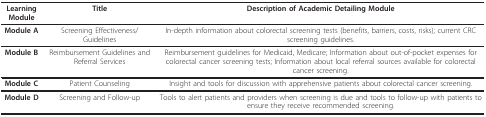
| Learning Module | Title | Description of Academic Detailing Module |
 | --- | --- | --- |
 | Module A | Screening Effectiveness/Guidelines | In-depth information about colorectal screening tests (benefits, barriers, costs, risks); current CRC screening guidelines. |
 | Module B | Reimbursement Guidelines and Referral Services | Reimbursement guidelines for Medicaid, Medicare; Information about out-of-pocket expenses for colorectal cancer screening tests; Information about local referral sources available for colorectal cancer screening. |
 | Module C | Patient Counseling | Insight and tools for discussion with apprehensive patients about colorectal cancer screening. |
 | Module D | Screening and Follow-up | Tools to alert patients and providers when screening is due and tools to follow-up with patients to ensure they receive recommended screening. |